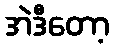
အဲဒီတော့